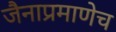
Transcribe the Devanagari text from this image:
जैनाप्रमाणेच